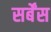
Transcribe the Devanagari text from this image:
सर्बेंस